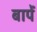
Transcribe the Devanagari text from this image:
बापें